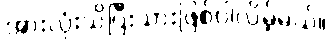
အားလုံးသိပြီးသားဖြစ်ပါလိမ့်မယ်။